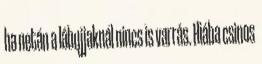
ha netán a lábujjaknál nincs is varrás. Hiába csinos